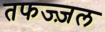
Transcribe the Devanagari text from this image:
तफज्ज़ल